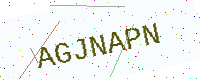
Text: AGJNAPN